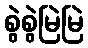
စွဲစွဲမြဲမြဲ